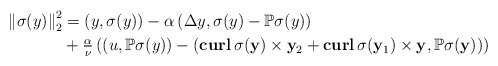
\begin{align*}\left\| \sigma(y)\right\|_2^2&=\left(y, \sigma(y)\right)-\alpha\left(\Delta y, \sigma(y)-\mathbb{P} \sigma(y)\right)\\&+\tfrac{\alpha}{\nu}\left(\left(u,\mathbb{P} \sigma(y)\right)-\left(\mathbf{curl}\,\sigma(\mathbf y)\times \mathbf y_2+\mathbf{curl}\, \sigma(\mathbf y_1)\times \mathbf y,\mathbb{P} \sigma(\mathbf y)\right)\right) \end{align*}